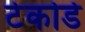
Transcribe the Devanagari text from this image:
टेकोडे